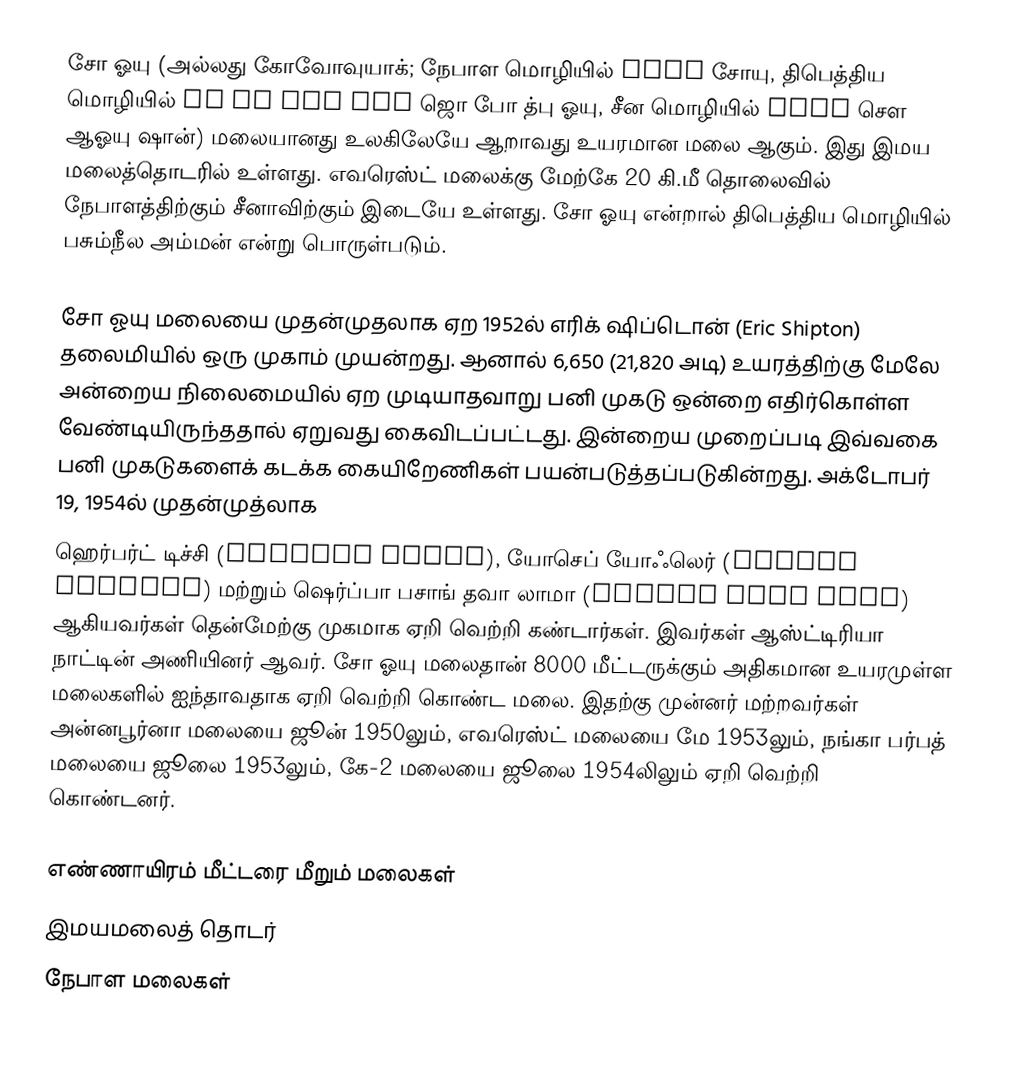
சோ ஓயு (அல்லது கோவோவுயாக்; நேபாள மொழியில் चोयु சோயு, திபெத்திய மொழியில் jo bo dbu yag ஜொ போ த்பு ஓயு, சீன மொழியில் 卓奧有山 சௌ ஆஓயு ஷான்) மலையானது உலகிலேயே ஆறாவது உயரமான மலை ஆகும். இது இமய மலைத்தொடரில் உள்ளது. எவரெஸ்ட் மலைக்கு மேற்கே 20 கி.மீ தொலைவில் நேபாளத்திற்கும் சீனாவிற்கும் இடையே உள்ளது. சோ ஓயு என்றால் திபெத்திய மொழியில் பசும்நீல அம்மன் என்று பொருள்படும்.

சோ ஓயு மலையை முதன்முதலாக ஏற 1952ல் எரிக் ஷிப்டொன் (Eric Shipton) தலைமியில் ஒரு முகாம் முயன்றது. ஆனால் 6,650 (21,820 அடி) உயரத்திற்கு மேலே அன்றைய நிலைமையில் ஏற முடியாதவாறு பனி முகடு ஒன்றை எதிர்கொள்ள வேண்டியிருந்ததால் ஏறுவது கைவிடப்பட்டது. இன்றைய முறைப்படி இவ்வகை பனி முகடுகளைக் கடக்க கையிறேணிகள் பயன்படுத்தப்படுகின்றது. அக்டோபர் 19, 1954ல் முதன்முத்லாக
ஹெர்பர்ட் டிச்சி (Herbert Tichy), யோசெப் யோஃலெர் (Joseph Jöchler) மற்றும் ஷெர்ப்பா பசாங் தவா லாமா (Pasang Dawa Lama) ஆகியவர்கள் தென்மேற்கு முகமாக ஏறி வெற்றி கண்டார்கள். இவர்கள் ஆஸ்ட்டிரியா நாட்டின் அணியினர் ஆவர். சோ ஓயு மலைதான் 8000 மீட்டருக்கும் அதிகமான உயரமுள்ள மலைகளில் ஐந்தாவதாக ஏறி வெற்றி கொண்ட மலை. இதற்கு முன்னர் மற்றவர்கள் அன்னபூர்னா மலையை ஜூன் 1950லும், எவரெஸ்ட் மலையை மே 1953லும், நங்கா பர்பத் மலையை ஜூலை 1953லும், கே-2 மலையை ஜூலை 1954லிலும் ஏறி வெற்றி கொண்டனர்.

எண்ணாயிரம் மீட்டரை மீறும் மலைகள்
இமயமலைத் தொடர்
நேபாள மலைகள்